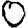
Digit: 0